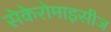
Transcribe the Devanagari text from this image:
सेकेरोमाइसीज